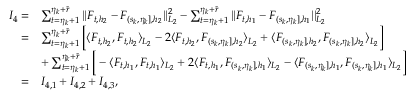
\begin{array} { r l } { I _ { 4 } = } & { \sum _ { t = \eta _ { k } + 1 } ^ { \eta _ { k } + \widetilde { r } } \vert \vert F _ { t , { h _ { 2 } } } - F _ { ( s _ { k } , \eta _ { k } ] , { h _ { 2 } } } \vert \vert _ { L _ { 2 } } ^ { 2 } - \sum _ { t = \eta _ { k } + 1 } ^ { \eta _ { k } + \widetilde { r } } \vert \vert F _ { t , { h _ { 1 } } } - F _ { ( s _ { k } , \eta _ { k } ] , { h _ { 1 } } } \vert \vert _ { L _ { 2 } } ^ { 2 } } \\ { = } & { \sum _ { t = \eta _ { k } + 1 } ^ { \eta _ { k } + \widetilde { r } } \Big [ \langle F _ { t , h _ { 2 } } , F _ { t , h _ { 2 } } \rangle _ { L _ { 2 } } - 2 \langle F _ { t , h _ { 2 } } , F _ { ( s _ { k } , \eta _ { k } ] , { h _ { 2 } } } \rangle _ { L _ { 2 } } + \langle F _ { ( s _ { k } , \eta _ { k } ] , { h _ { 2 } } } , F _ { ( s _ { k } , \eta _ { k } ] , { h _ { 2 } } } \rangle _ { L _ { 2 } } \Big ] } \\ & { + \sum _ { t = \eta _ { k } + 1 } ^ { \eta _ { k } + \widetilde { r } } \Big [ - \langle F _ { t , h _ { 1 } } , F _ { t , h _ { 1 } } \rangle _ { L _ { 2 } } + 2 \langle F _ { t , h _ { 1 } } , F _ { ( s _ { k } , \eta _ { k } ] , { h _ { 1 } } } \rangle _ { L _ { 2 } } - \langle F _ { ( s _ { k } , \eta _ { k } ] , { h _ { 1 } } } , F _ { ( s _ { k } , \eta _ { k } ] , { h _ { 1 } } } \rangle _ { L _ { 2 } } \Big ] } \\ { = } & { I _ { 4 , 1 } + I _ { 4 , 2 } + I _ { 4 , 3 } , } \end{array}